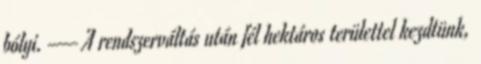
bólyi. — A rendszerváltás után fél hektáros területtel kezdtünk,